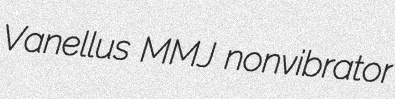
Vanellus MMJ nonvibrator